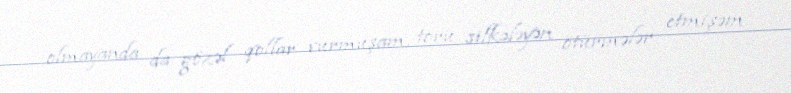
olmayanda da gözəl qollar vurmuşam, toru silkələyən ötürmələr etmişəm.